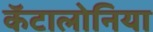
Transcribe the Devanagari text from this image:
कॅटालोनिया